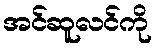
အင်ဆူလင်ကို